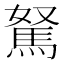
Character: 駑